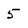
Character: 5